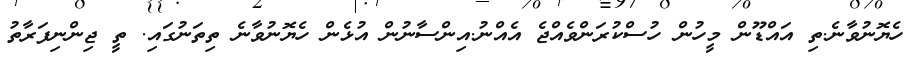
ހެޔޮނުވާނެ.ތި އައްޑޫން މީހުން ހުސްކުރަންވެއްޖެ އެއްނު.އިންސާނުން އުޅެން ހެޔޮނުވާނެ ތިތަނުގައި. ތީ ޖިންނިފަރާތު